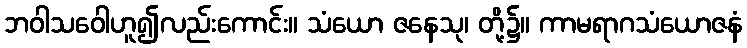
ဘဝါသဝေါဟူ၍လည်းကောင်း။ သံယော ဇနေသု၊ တို့၌။ ကာမရာဂသံယောဇနံ